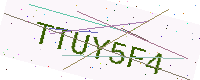
Text: TTUY5F4